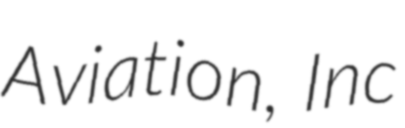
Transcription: Aviation, Inc